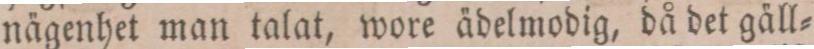
nägenhet man talat, wore ädelmodig, då det gäll=